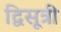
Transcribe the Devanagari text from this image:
द्विसूत्री